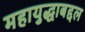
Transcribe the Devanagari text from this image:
महायुद्धाबद्दल